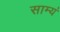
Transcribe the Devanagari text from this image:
साम्यं